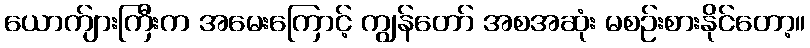
ယောက်ျားကြီးက အမေးကြောင့် ကျွန်တော် အစအဆုံး မစဉ်းစားနိုင်တော့။